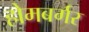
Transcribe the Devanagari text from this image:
होमबर्गर